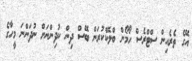
އޭގެ ތެރެއިން ސްޓްރެސް ހޯމޯން ބްލޮކްކުރަން ބޭސް ދިން ކުދިންނަށް ނުދަންނަ މީހާގެ